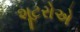
શૂટરોએ